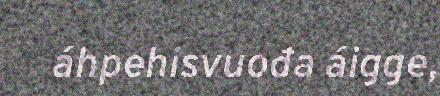
áhpehisvuođa áigge,